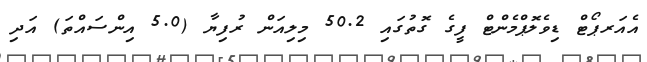
އެއަރޕޯޓް ޑިވެލޮޕްމެންޓް ފީގެ ގޮތުގައި 50.2 މިލިއަން ރުފިޔާ (5.0 އިންސައްތަ) އަދި